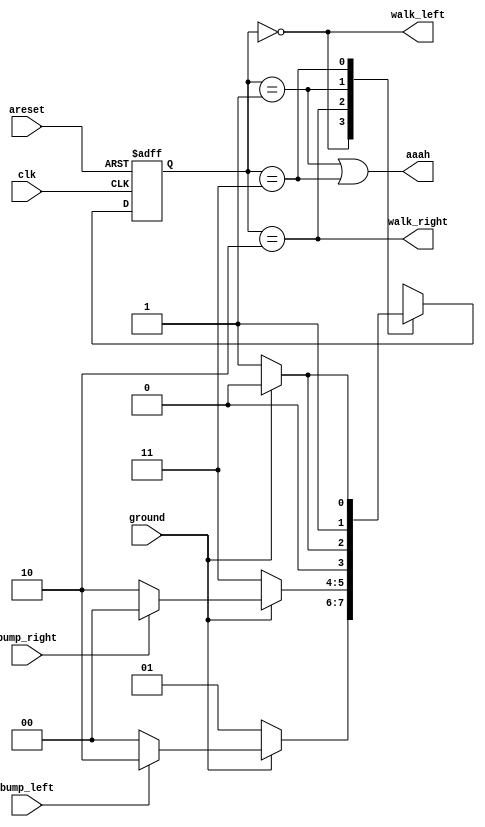
// This program was cloned from: https://github.com/Yvan-xy/verilog-doc
// License: GNU General Public License v2.0

module top_module(
	input clk,
	input areset,
	input bump_left,
	input bump_right,
	input ground,
	output walk_left,
	output walk_right,
	output aaah
);

	parameter LEFT = 2'd0, LEFT_GROUND = 2'd1, RIGHT = 2'd2, RIGHT_GROUND = 2'd3;

	reg [1:0] curr_dir, next_dir;

	always @(posedge clk or posedge areset) begin
		// Freshly brainwashed Lemmings walk left.
		if (areset) begin
			curr_dir <= LEFT;
		end
		else begin
			curr_dir <= next_dir;
		end
	end

	always @(*) begin
		case (curr_dir)
			LEFT: begin
				if (ground) begin
					next_dir = bump_left ? RIGHT : LEFT;
				end
				else begin
					next_dir = LEFT_GROUND;
				end
			end
			RIGHT: begin
				if (ground) begin
					next_dir = bump_right ? LEFT : RIGHT;
				end
				else begin
					next_dir = RIGHT_GROUND;
				end
			end
			LEFT_GROUND: begin
				if (ground) begin
					next_dir = LEFT;
				end
				else begin
					next_dir = LEFT_GROUND;
				end
			end
			RIGHT_GROUND: begin
				if (ground) begin
					next_dir = RIGHT;
				end
				else begin
					next_dir = RIGHT_GROUND;
				end
			end
		endcase
	end

	assign walk_left = curr_dir == LEFT;
	assign walk_right = curr_dir == RIGHT;
	assign aaah = (curr_dir == LEFT_GROUND) || (curr_dir == RIGHT_GROUND);

endmodule
/*
module top_module(
    input clk,
    input areset,    // Freshly brainwashed Lemmings walk left.
    input bump_left,
    input bump_right,
    input ground,
    output walk_left,
    output walk_right,
    output aaah ); 
    
    reg [1:0]state, next_state;
    parameter [1:0]LEFT=0, RIGHT=1, FALL=3;
    
    always @(*) begin
        case (state)
            LEFT: next_state <= (bump_left) ? RIGHT : LEFT;
            RIGHT: next_state <= (bump_right) ? LEFT : RIGHT;
        endcase
    end
    
    always @(posedge clk or posedge areset) begin
        if(areset) begin
            state <= LEFT;
        end else begin
            if(ground) begin
                state <= next_state;
            end else begin
                state <= FALL;
            end
        end
        aaah <= ~ground;
    end
    assign walk_left = (state == LEFT);
    assign walk_right = (state == RIGHT);
        
endmodule
*/